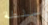
سلطة